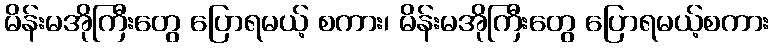
မိန်းမအိုကြီးတွေ ပြောရမယ့် စကား၊ မိန်းမအိုကြီးတွေ ပြောရမယ့်စကား